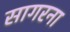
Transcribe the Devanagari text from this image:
सागरना